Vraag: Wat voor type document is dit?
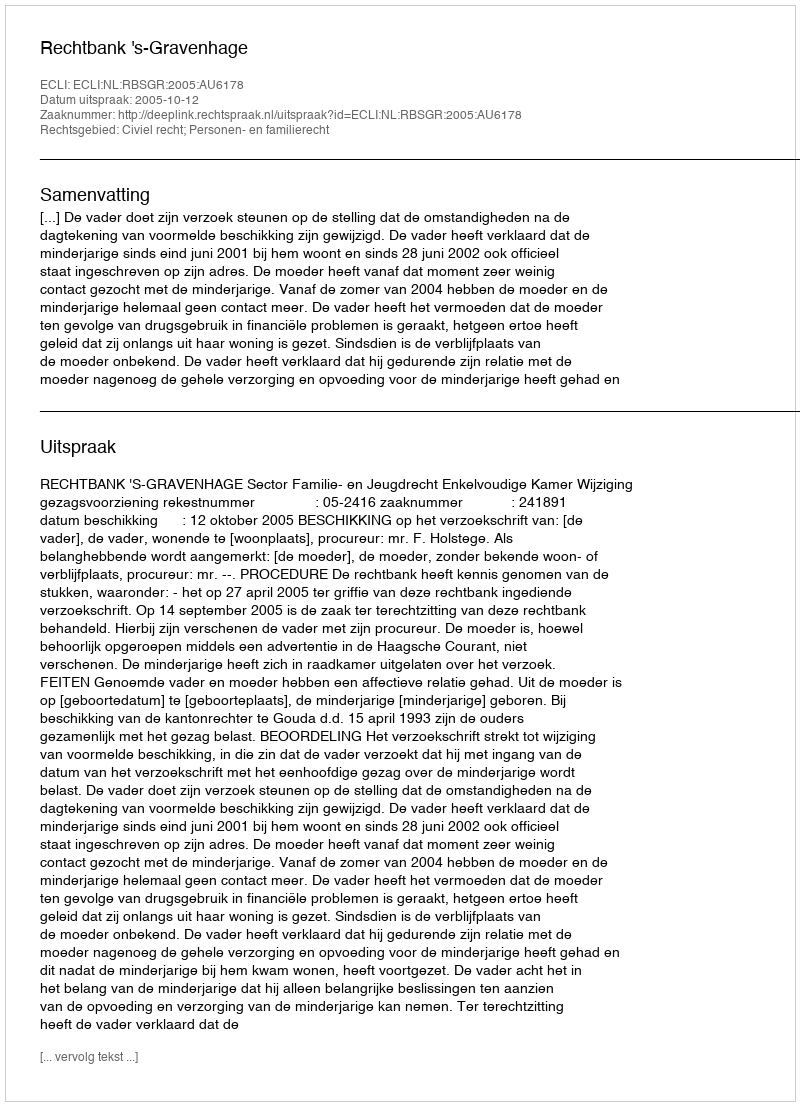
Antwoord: Uitspraak